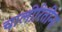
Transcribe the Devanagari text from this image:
चालीरितींना